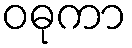
ဝဓုကာ